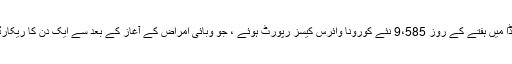
فلوریڈا میں ہفتے کے روز 9،585 نئے کورونا وائرس کیسز رپورٹ ہوئے ، جو وبائی امراض کے آغاز کے بعد سے ایک دن کا ریکارڈ ہے۔